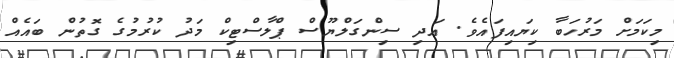
މިކަމަށް މަރުހަބާ ކިޔައިފައެވެ. އަދި ސިންގަލްޔޫސް ޕްލާސްޓިކް މަދު ކުރުމުގެ ގޮތުން ބައެއް